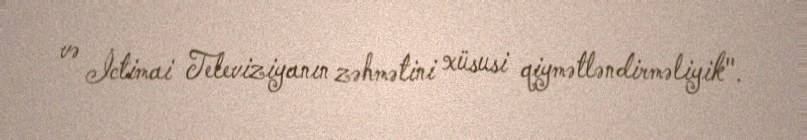
və İctimai Televiziyanın zəhmətini xüsusi qiymətləndirməliyik".